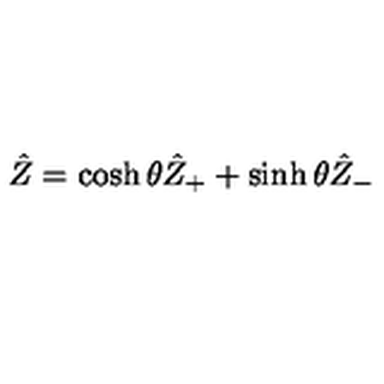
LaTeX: \hat { Z } = \cosh \theta \hat { Z } _ { + } + \sinh \theta \hat { Z } _ { - }